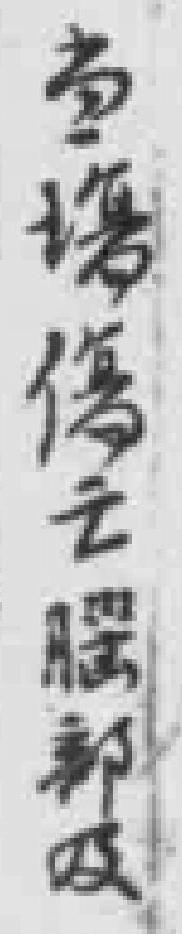
当場傷亡腦部及